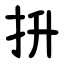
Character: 抍